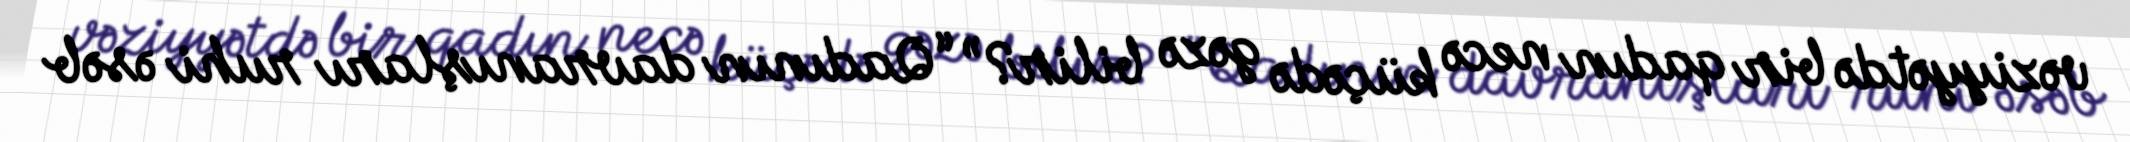
vəziyyətdə bir qadın necə küçədə gəzə bilir?” “Qadının davranışları ruhi əsəb